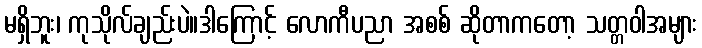
မရှိဘူး၊ ကုသိုလ်ချည်းပဲ။ဒါကြောင့် လောကီပညာ အစစ် ဆိုတာကတော့ သတ္တဝါအများ